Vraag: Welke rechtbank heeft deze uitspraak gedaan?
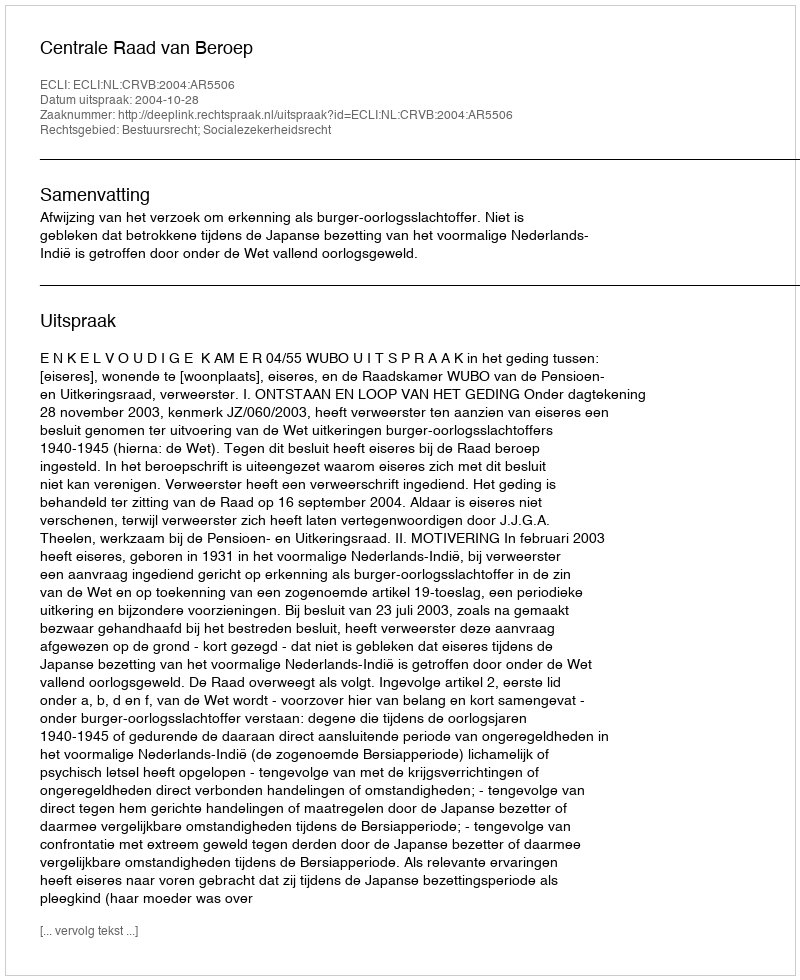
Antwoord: Centrale Raad van Beroep